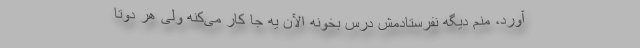
آورد، منم دیگه نفرستادمش درس بخونه الآن یه جا کار می‌کنه ولی هر دوتا